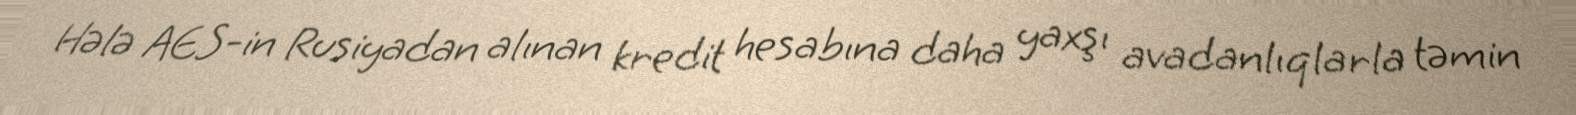
Hələ AES-in Rusiyadan alınan kredit hesabına daha yaxşı avadanlıqlarla təmin